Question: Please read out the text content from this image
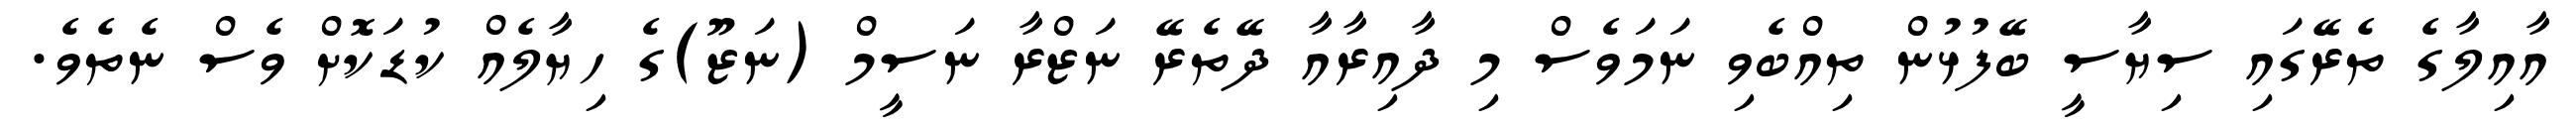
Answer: އާއިލާގެ ތެރޭގައި ސިޔާސީ ބޭފުޅުން ތިއްބެވި ނަމަވެސް މި ދާއިރާއާ ދޭތެރޭ ނަޒްރާ ނަސީމް (ނަޒޫ)ގެ ހިޔާލެއް ކުޑަކޮށް ވެސް ނެތެވެ.